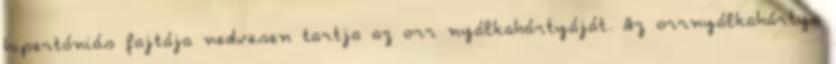
hipertóniás fajtája nedvesen tartja az orr nyálkahártyáját. Az orrnyálkahártya